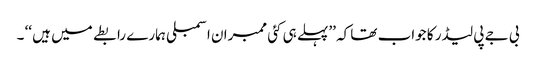
بی جے پی لیڈر کا جواب تھا کہ ’’پہلے ہی کئی ممبران اسمبلی ہمارے رابطے میں ہیں ‘‘ ۔